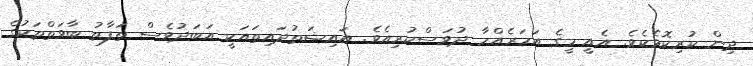
ދިން ކުރިކޮޅެކެވެ. އެއީ މީގެ އަހަރެއްހާ ދުވަސްކުރިއެވެ. އައިޝަތުދައިތައަކީ އަބަދުވެސް ތަފާތު ބާވަތްތަކުގެ